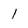
Character: l